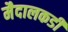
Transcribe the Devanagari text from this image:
मैदालकडी